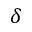
\delta